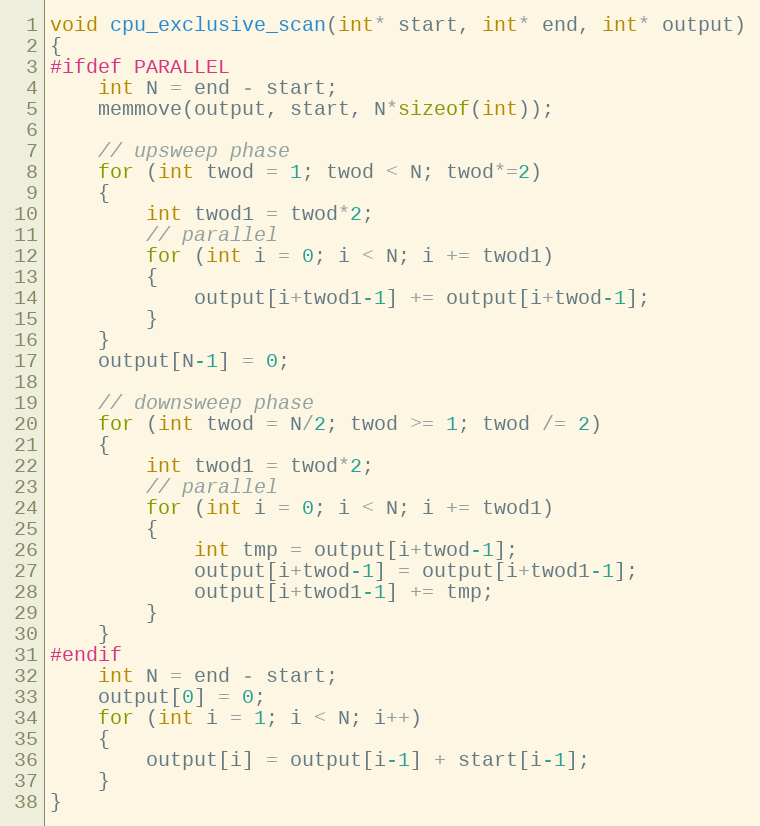
Language: C++
void cpu_exclusive_scan(int* start, int* end, int* output)
{
#ifdef PARALLEL
    int N = end - start;
    memmove(output, start, N*sizeof(int));

    // upsweep phase
    for (int twod = 1; twod < N; twod*=2)
    {
        int twod1 = twod*2;
        // parallel
        for (int i = 0; i < N; i += twod1)
        {
            output[i+twod1-1] += output[i+twod-1];
        }
    }
    output[N-1] = 0;

    // downsweep phase
    for (int twod = N/2; twod >= 1; twod /= 2)
    {
        int twod1 = twod*2;
        // parallel
        for (int i = 0; i < N; i += twod1)
        {
            int tmp = output[i+twod-1];
            output[i+twod-1] = output[i+twod1-1];
            output[i+twod1-1] += tmp;
        }
    }
#endif
    int N = end - start;
    output[0] = 0;
    for (int i = 1; i < N; i++)
    {
        output[i] = output[i-1] + start[i-1];
    }
}